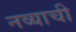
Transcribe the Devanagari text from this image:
नव्याची